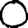
Digit: 0